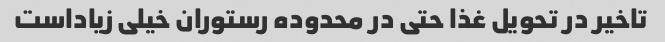
تاخیر در تحویل غذا حتی در محدوده رستوران خیلی زیاداست